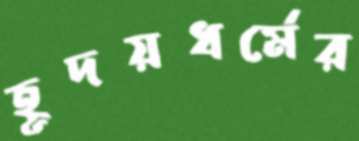
হূদয়ধর্মের